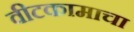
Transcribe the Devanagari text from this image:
वीटकामाचा